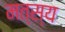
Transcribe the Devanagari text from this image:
मत्स्‍य